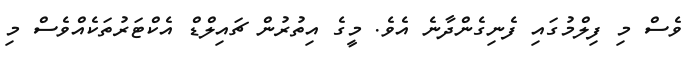
ވެސް މި ފިލްމުގައި ފެނިގެންދާނެ އެވެ. މީގެ އިތުރުން ޗައިލްޑް އެކްޓަރުތަކެއްވެސް މި